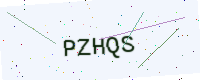
Text: PZHQS